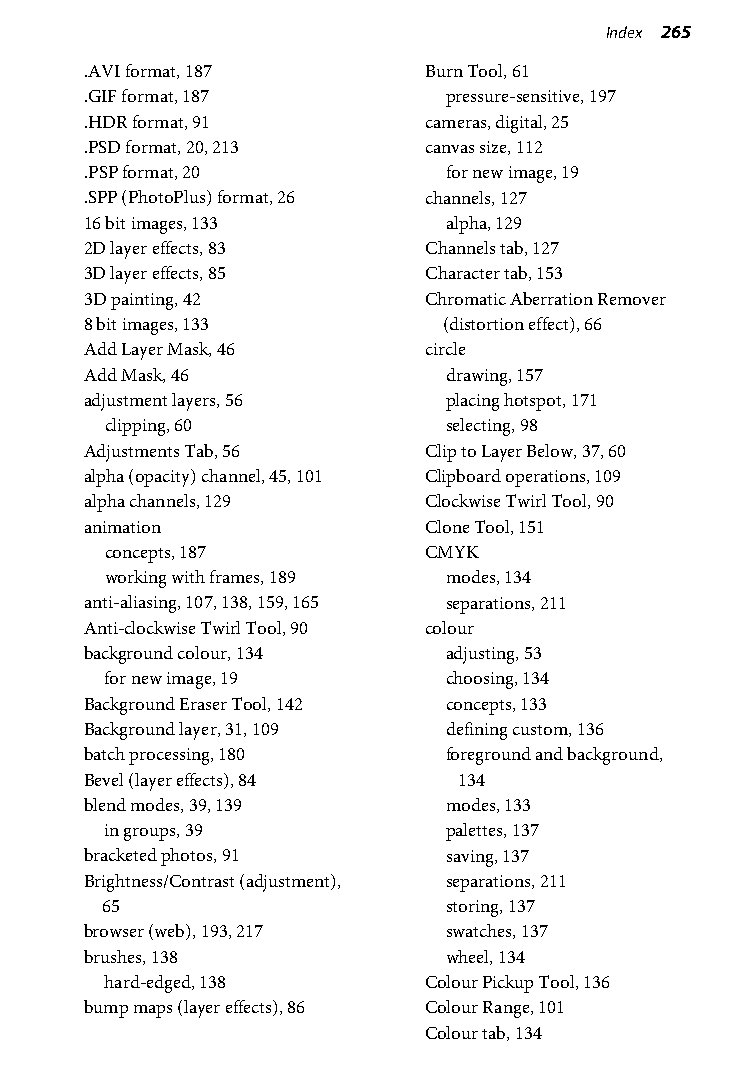
Index 265
 .AVI format, 187      Burn Tool, 61
 .GIF format, 187        pressure-sensitive, 197
 .HDR format, 91       cameras, digital, 25
 .PSD format, 20, 213  canvas size, 112
 .PSP format, 20         for new image, 19
 .SPP (PhotoPlus) format, 26 channels, 127
 16 bit images, 133      alpha, 129
 2D layer effects, 83  Channels tab, 127
 3D layer effects, 85  Character tab, 153
 3D painting, 42       Chromatic Aberration Remover
 8 bit images, 133      (distortion effect), 66
 Add Layer Mask, 46    circle
 Add Mask, 46            drawing, 157
 adjustment layers, 56   placing hotspot, 171
 clipping, 60           selecting, 98
 Adjustments Tab, 56   Clip to Layer Below, 37, 60
 alpha (opacity) channel, 45, 101 Clipboard operations, 109
 alpha channels, 129   Clockwise Twirl Tool, 90
 animation             Clone Tool, 151
 concepts, 187        CMYK
 working with frames, 189 modes, 134
 anti-aliasing, 107, 138, 159, 165 separations, 211
 Anti-clockwise Twirl Tool, 90 colour
 background colour, 134  adjusting, 53
 for new image, 19      choosing, 134
 Background Eraser Tool, 142 concepts, 133
 Background layer, 31, 109 defining custom, 136
 batch processing, 180   foreground and background,
 Bevel (layer effects), 84 134
 blend modes, 39, 139    modes, 133
 in groups, 39          palettes, 137
 bracketed photos, 91    saving, 137
 Brightness/Contrast (adjustment), separations, 211
 65                     storing, 137
 browser (web), 193, 217 swatches, 137
 brushes, 138            wheel, 134
 hard-edged, 138      Colour Pickup Tool, 136
 bump maps (layer effects), 86 Colour Range, 101
 Colour tab, 134